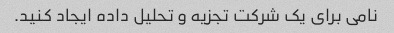
نامی برای یک شرکت تجزیه و تحلیل داده ایجاد کنید.